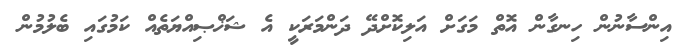
އިންސާނުން ހިނގާން އޮތް މަގަށް އަލިކޮށްދޭ ދަންމަރަކީ އެ ޝަޚްޞިއްޔަތެއް ކަމުގައި ބެލުމުން